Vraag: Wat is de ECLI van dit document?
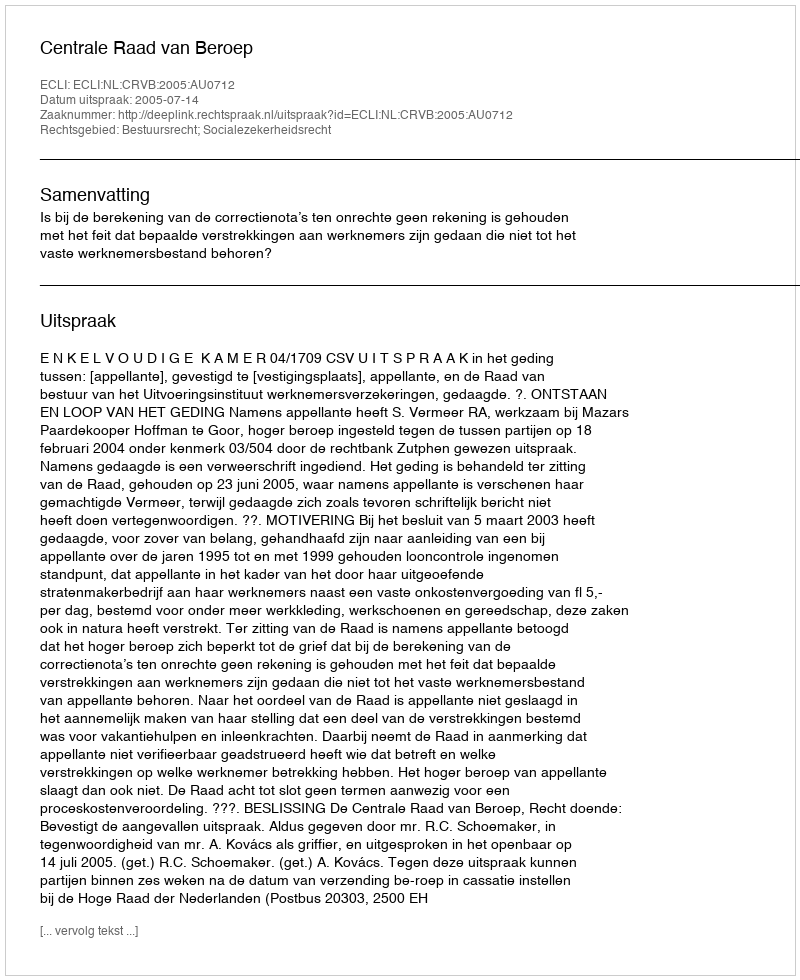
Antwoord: ECLI:NL:CRVB:2005:AU0712